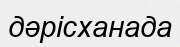
дәрісханада